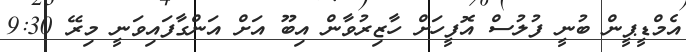
އެމްޑީޕީން ބުނީ ފުލުސް އޮފީހަށް ހާޒިރުވާން އިބޫ އަށް އަންގާފައިވަނީ މިރޭ 9:30